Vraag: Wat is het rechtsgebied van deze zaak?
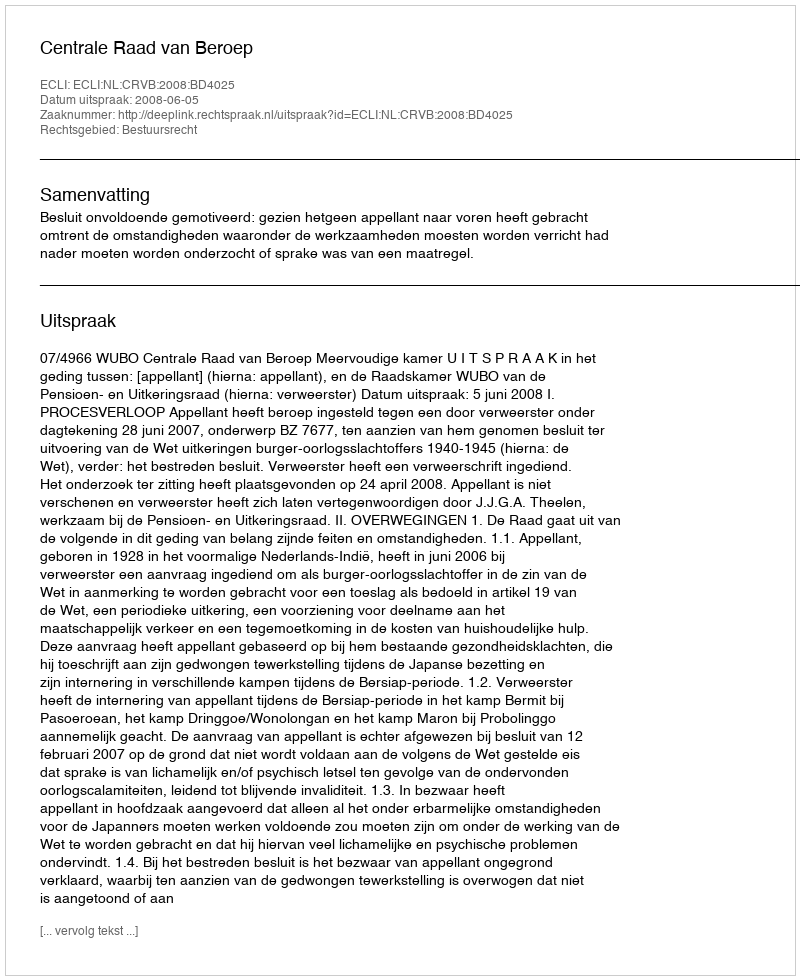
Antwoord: Bestuursrecht